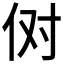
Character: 𫢘